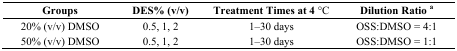
| Groups | DES% (v/v) | Treatment Times at 4 °C | Dilution Ratio a |
 | --- | --- | --- | --- |
 | 20% (v/v) DMSO | 0.5, 1, 2 | 1–30 days | OSS:DMSO = 4:1 |
 | 50% (v/v) DMSO | 0.5, 1, 2 | 1–30 days | OSS:DMSO = 1:1 |